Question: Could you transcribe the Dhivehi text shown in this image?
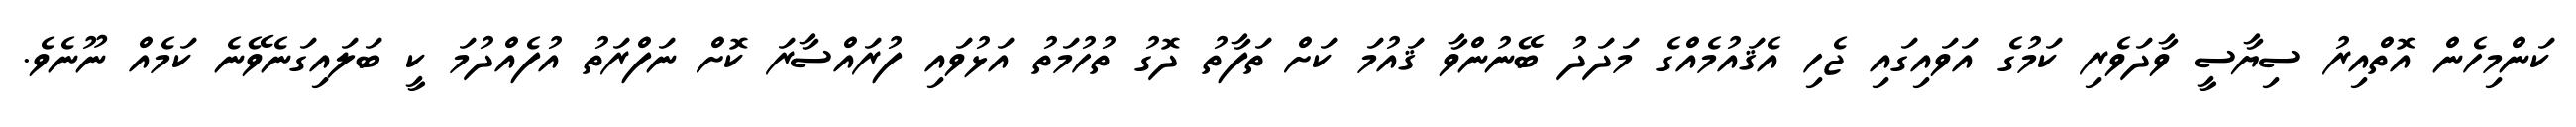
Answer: ކަންމިހެން އޮތްއިރު ސިޔާސީ ވާދަވެރި ކަމުގެ އަވައިގައި ޖެހި އެޤައުމެއްގެ މަދަދު ބޭނުންވާ ޤައުމަ ކަށް ތަފާތު ދޮގު ތުހުމަތު އަޅުވައި ފުރައްސާރަ ކޮށް ނަފްރަތު އުފެއްދުމަ ކީ ބަލައިގަނެވޭނެ ކަމެއް ނޫނެވެ.